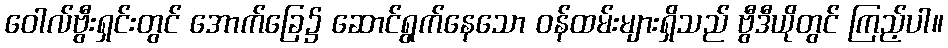
ဝေါလ်ဗွီးရှင်းတွင် အောက်ခြေ၌ ဆောင်ရွက်နေသော ဝန်ထမ်းများရှိသည် ဗွီဒီယိုတွင် ကြည့်ပါ။